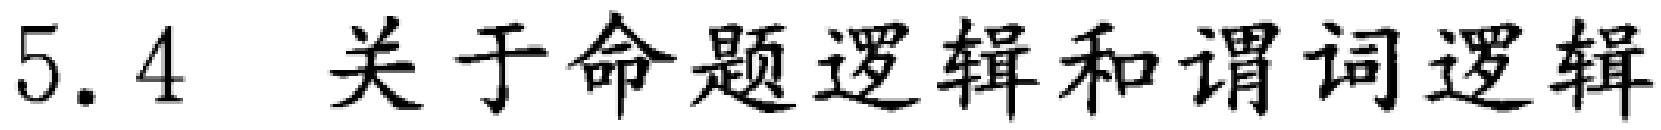
5.4 关于命题逻辑和谓词逻辑